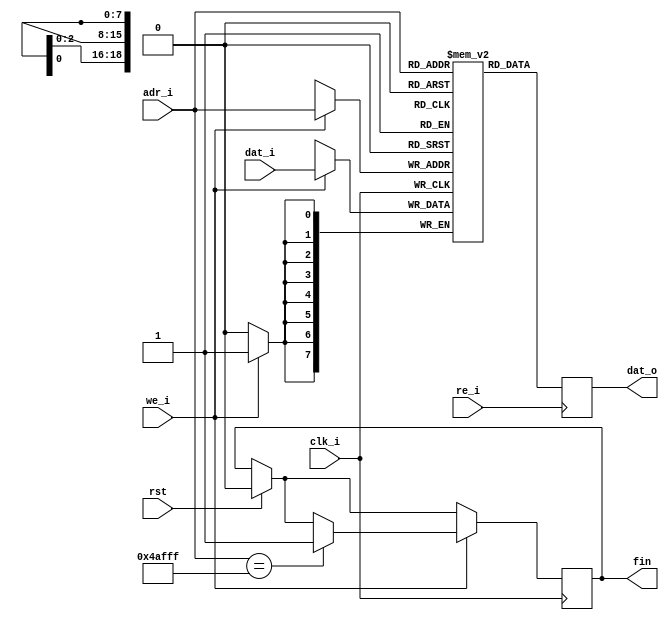
module RAM_imagen (
	input		clk_i,
	input		rst,

	input		we_i,
	input		re_i,
	//
	input      [18:0] adr_i,
	input      [7:0] dat_i,
	output reg [7:0] dat_o,
	output reg fin);

parameter word_depth = 307200; //640 x480
parameter word_width = 8;

reg [7:0] ram [0:word_depth-1];

always @(posedge clk_i)
begin
	if(rst)
		fin=0;
	if (we_i)
		begin
		ram[ adr_i ] <= dat_i;
		if(adr_i==307199)  
			fin=1;
		end 
end

always @(posedge re_i)
	dat_o <= ram[ adr_i ];

endmodule